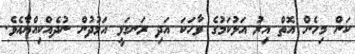
ކަން މިހެން އޮތް އިރު އަޅުކަމުގެ ވާހަކަ އަދި ރަނގަޅީ އަމުދުން ނުދެއްކިއްޔާެއެވެ.